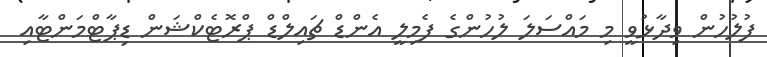
ފުލުހުން ވިދާޅުވީ މި މައްސަލަ ލުހުންގެ ފެމިލީ އެންޑް ޗައިލްޑް ޕްރޮޓެކްޝަން ޑިޕާޓްމަންޓާއި